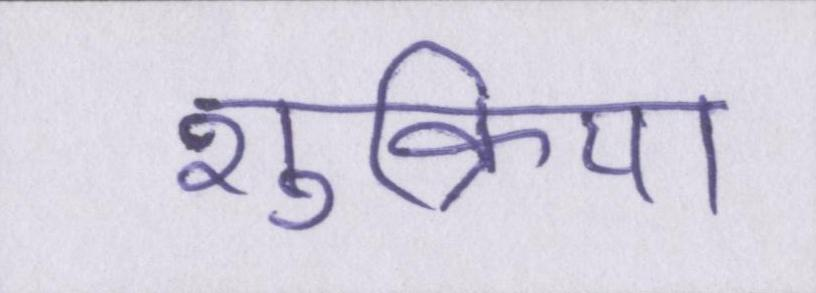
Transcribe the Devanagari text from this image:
शुक्रिया